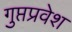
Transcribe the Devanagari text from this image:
गुप्तप्रवेश